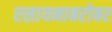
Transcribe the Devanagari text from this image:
रसायनाबरोबर